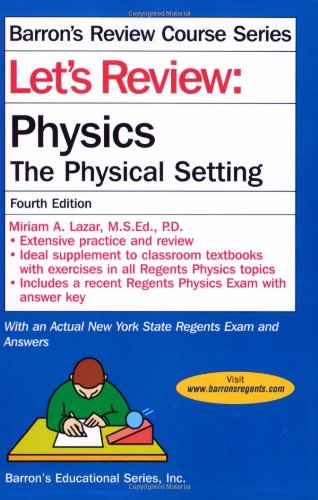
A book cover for Let's Review Physics (Let's Review Series); Miriam Lazar; Test Preparation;